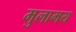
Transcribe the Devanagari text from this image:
मुलामय